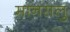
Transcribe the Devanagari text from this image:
मानसलु